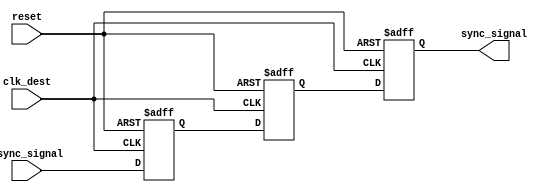
module signal_level_crossing_synchronizer (
    input wire clk_dest,           // Destination clock domain clock
    input wire reset,              // Asynchronous reset
    input wire async_signal,       // Input signal from source clock domain
    output reg sync_signal         // Synchronized output signal
);

    // Intermediate flip-flops for synchronization
    reg ff1, ff2;

    // Asynchronous reset and synchronization logic
    always @(posedge clk_dest or posedge reset) begin
        if (reset) begin
            ff1 <= 1'b0;             // Reset first flip-flop
            ff2 <= 1'b0;             // Reset second flip-flop
            sync_signal <= 1'b0;     // Reset output signal
        end else begin
            ff1 <= async_signal;      // Sample the async signal
            ff2 <= ff1;               // Sample ff1 output
            sync_signal <= ff2;       // Output the synchronized signal
        end
    end

endmodule